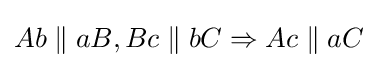
Ab\parallel aB,Bc\parallel bC\Rightarrow Ac\parallel aC